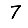
Digit: 7